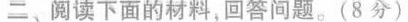
二、阅读下面的材料，回答问题。(8分)